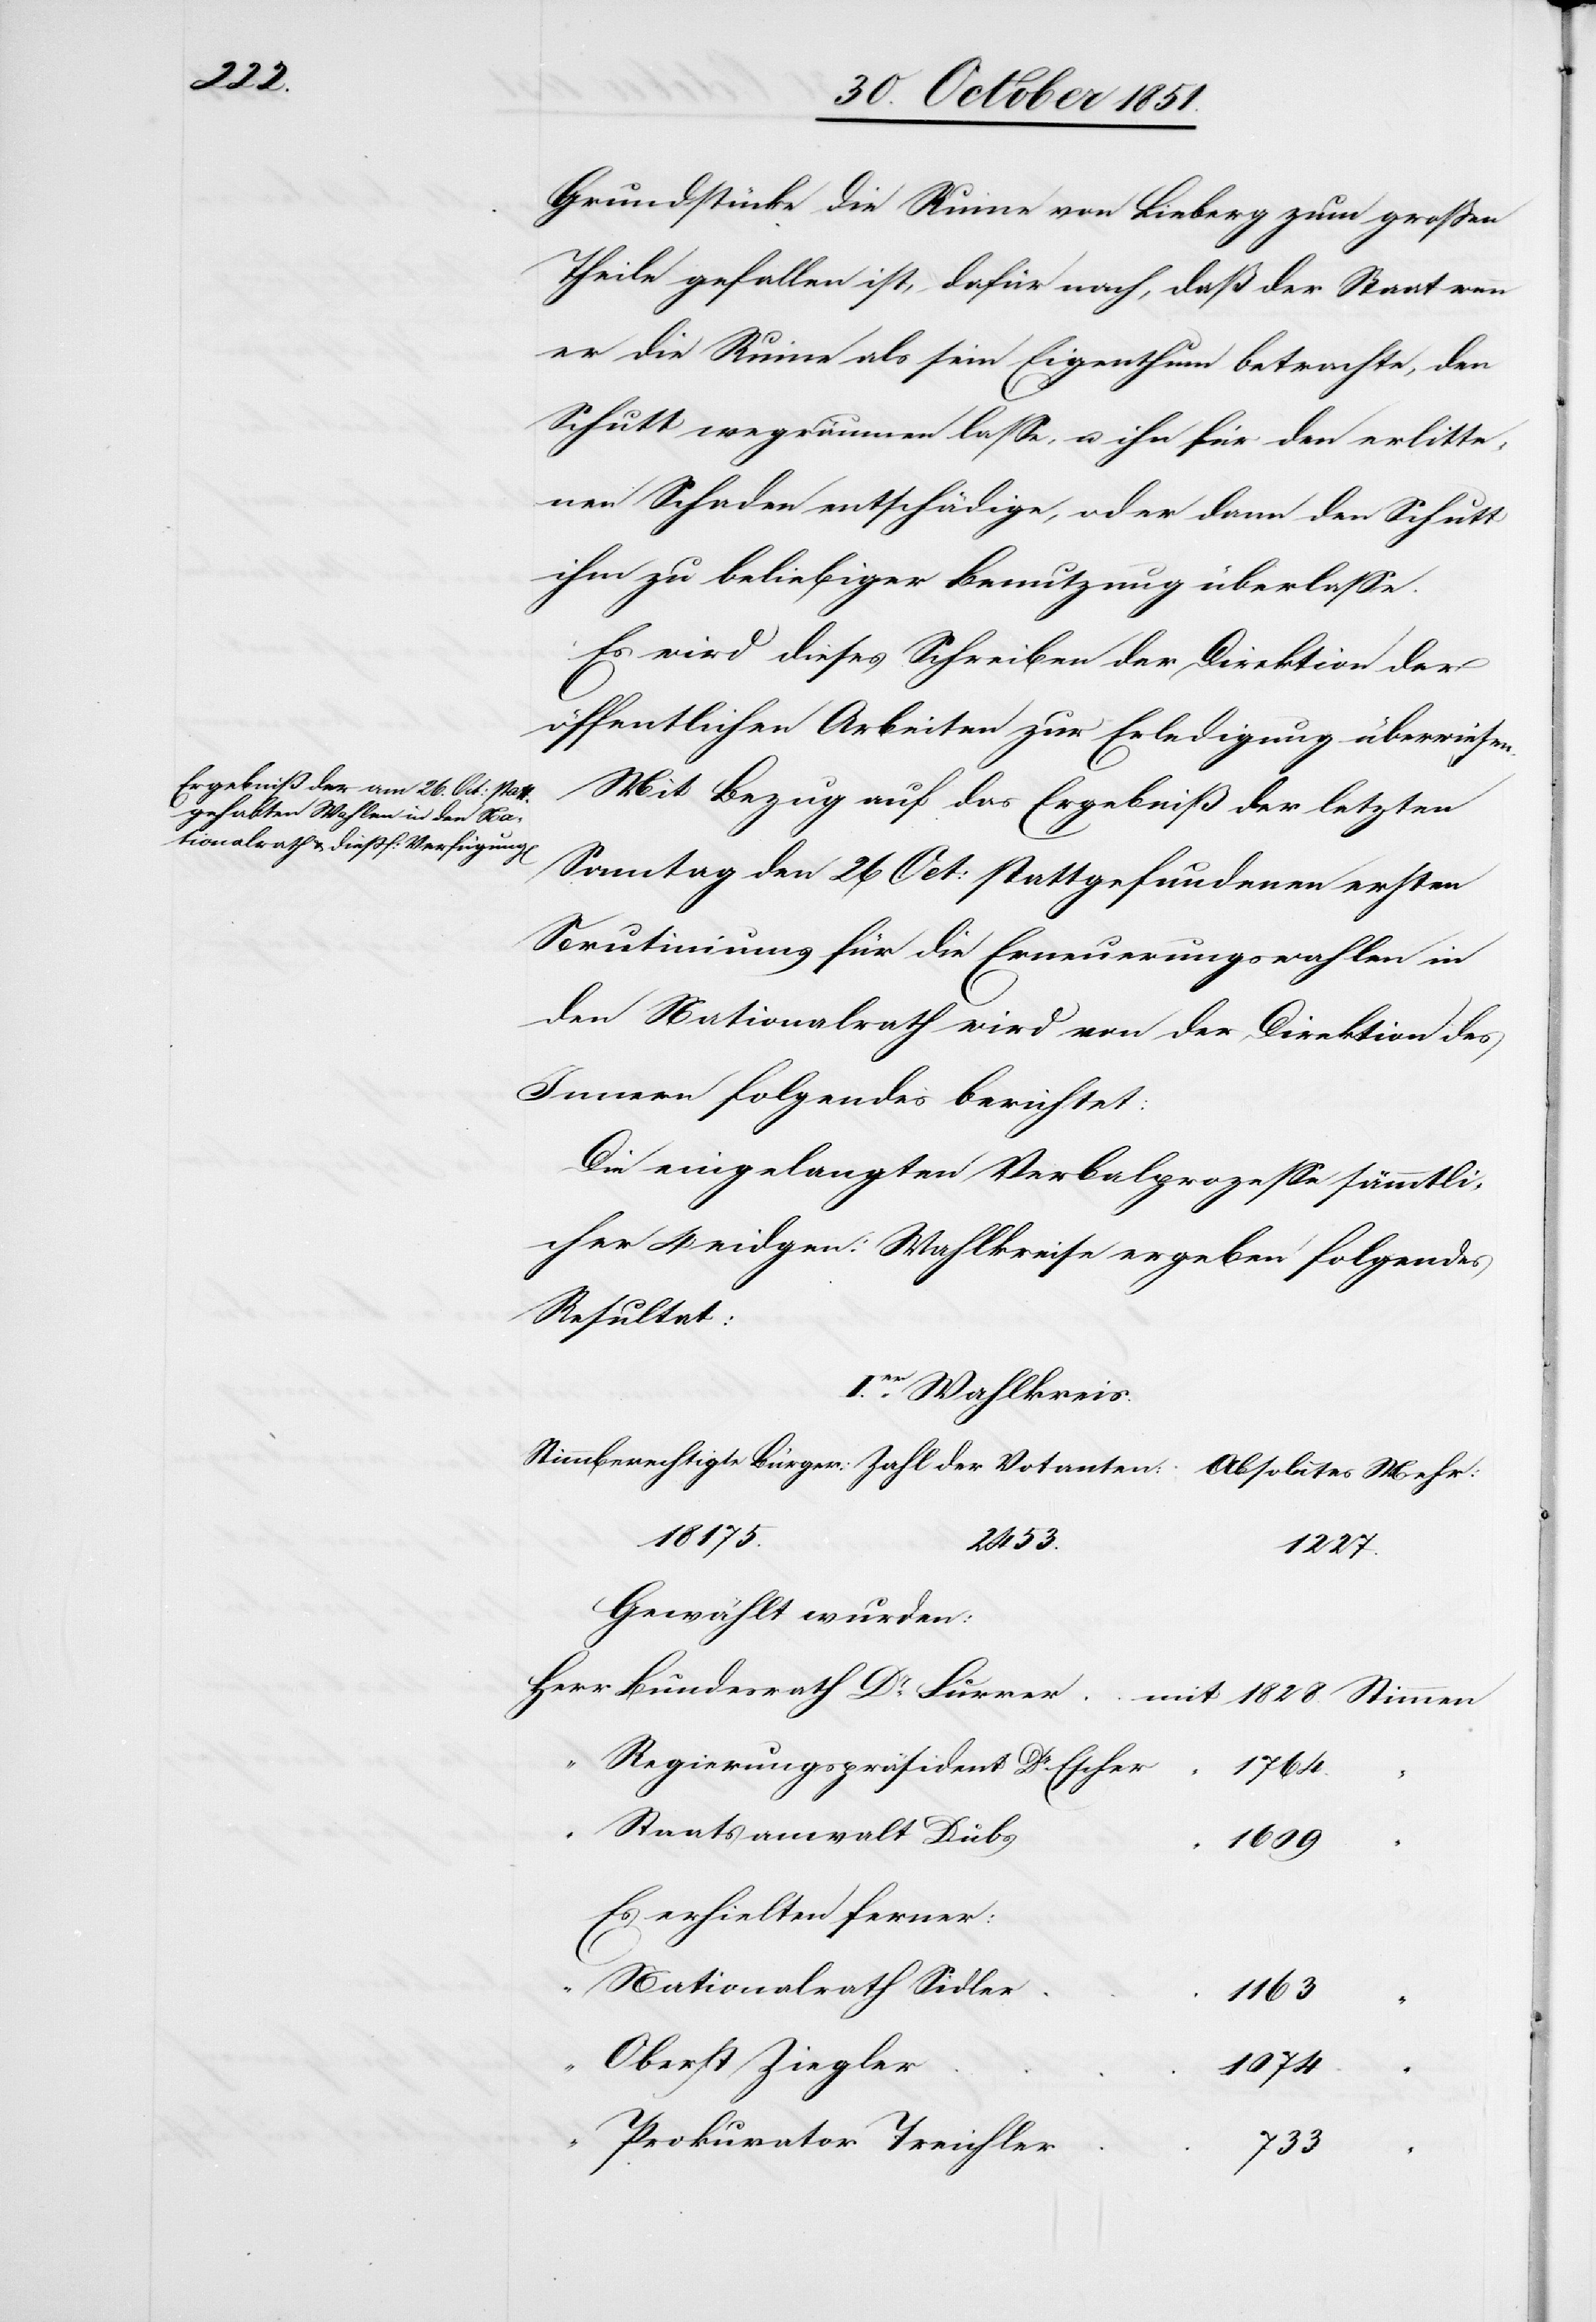
Grundstücke die Ruine von Lieberg zum großen
Theile gefallen ist, dafür nach, daß der Staat wenn
er die Ruine als sein Eigenthum betrachte, den
Schutt wegräumen lasse, u. ihn für den erlitte¬
nen Schaden entschädige, oder dann den Schutt
ihm zu beliebiger Benutzung überlasse.
Es wird dieses Schreiben der Direktion der
öffentlichen Arbeiten zur Erledigung überwiesen.
Mit Bezug auf das Ergebniß der letzten
Sonntag den 26 Oct: stattgefundenen ersten
Scrutiniums für die Erneuerungswahlen in
den Nationalrath wird von der Direktion des
Innern folgendes berichtet:
Die eingelangten Verbalprozesse sämmtli¬
cher 4 eidgen: Wahlkreise ergeben folgendes
Resultat:
I.er Wahlkreis.
18175.
2453.
1828.
Gewählt wurden:
“
Regierungspräsident Dr. Escher
1764.
“
Staatsanwalt Dubs
Es erhielten ferner:
Nationalrath Sidler
1163
Oberst Ziegler
1074
Prokurator Treichler
733